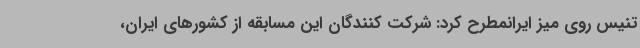
تنیس روی میز ایرانمطرح کرد: شرکت کنندگان این مسابقه از کشورهای ایران،